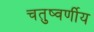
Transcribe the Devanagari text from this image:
चतुष्वर्णीय